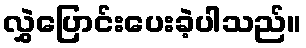
လွှဲပြောင်းပေးခဲ့ပါသည်။